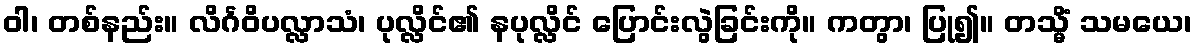
ဝါ၊ တစ်နည်း။ လိင်္ဂဝိပလ္လာသံ၊ ပုလ္လိင်၏ နပုလ္လိင် ပြောင်းလွဲခြင်းကို။ ကတွာ၊ ပြု၍။ တသ္မိံ သမယေ၊